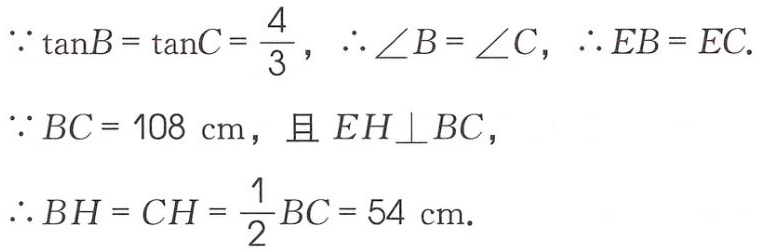
\(\because \tan B = \tan C = \frac{4}{3}, \therefore \angle B = \angle C, \therefore EB = EC.\)
\(\because BC = 108\ \text{cm}, \text{且 } EH\perp BC,\)
\(\therefore BH = CH = \frac{1}{2}BC = 54\ \text{cm}.\)